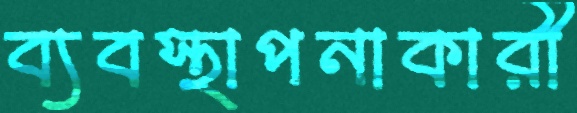
ব্যবস্থাপনাকারী